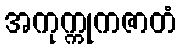
အကုက္ကုကဇာတံ